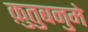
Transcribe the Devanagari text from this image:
क़ुतुबनुमे